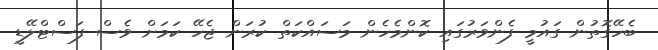
ބެހޭގޮތުން ގައުމީ ފެންވަރުގައި ކޮންމެހެން މަސައްކަތް ކުރަން ޖެހޭ ކަމަށް ވެސް ފަސްޓްލޭޑީ